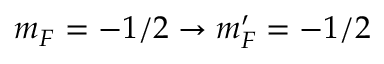
m _ { F } = - 1 / 2 \rightarrow m _ { F } ^ { \prime } = - 1 / 2